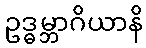
ဥဒ္ဓမ္ဘာဂိယာနိ